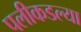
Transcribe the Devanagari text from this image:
पलीकडल्या